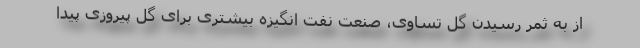
از به ثمر رسیدن گل تساوی،‌ صنعت نفت انگیزه بیشتری برای گل پیروزی پیدا